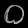
Digit: ၀